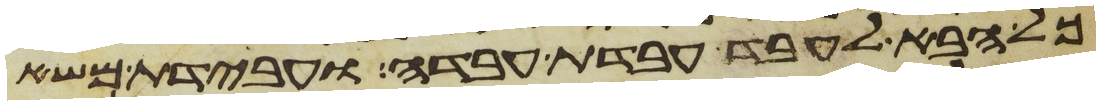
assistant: כל הבא לעבד עבדת עבדה ועבדת משא